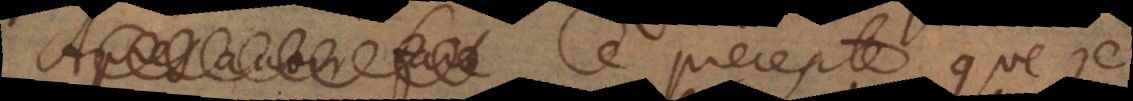
Ce precepte que je